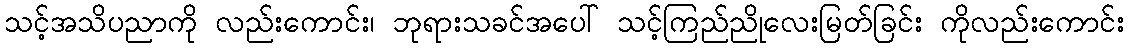
သင့်အသိပညာကို လည်းကောင်း၊ ဘုရားသခင်အပေါ် သင့်ကြည်ညိုလေးမြတ်ခြင်း ကိုလည်းကောင်း